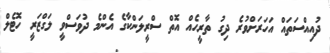
ދުއިއްސަތައް އަހަރަށްވުރެ ދިގު ތާރީހެއް އޮތް ސްރީލަންކާގެ އެންމެ ދުވަސްވީ ލަގްޒަރީ ހޮޓެލް